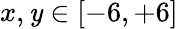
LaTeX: x,\mathit{y}\in\left[-6,+6\right]